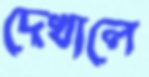
দেখালে